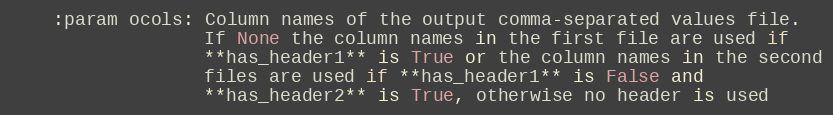
Language: Python
    :param ocols: Column names of the output comma-separated values file.
                  If None the column names in the first file are used if
                  **has_header1** is True or the column names in the second
                  files are used if **has_header1** is False and
                  **has_header2** is True, otherwise no header is used